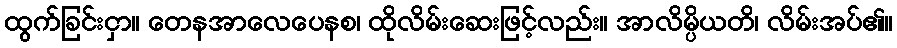
ထွက်ခြင်းငှာ။ တေနအာလေပေနစ၊ ထိုလိမ်းဆေးဖြင့်လည်း။ အာလိမ္ပိယတိ၊ လိမ်းအပ်၏။